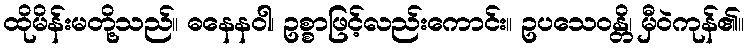
ထိုမိန်းမတို့သည်။ ဓနေနဝါ၊ ဥစ္စာဖြင့်လည်းကောင်း။ ဥပသေဝန္တိ၊ မှီဝဲကုန်၏။